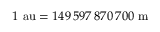
1 { \mathrm { ~ a u } } = 1 4 9 \, 5 9 7 \, 8 7 0 \, 7 0 0 { \mathrm { ~ m } }